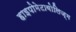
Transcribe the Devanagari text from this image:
हाइपोमेटाबोलिज्म